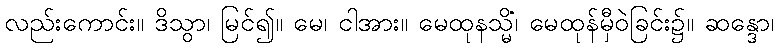
လည်းကောင်း။ ဒိသွာ၊ မြင်၍။ မေ၊ ငါအား။ မေထုနသ္မိံ၊ မေထုန်မှီဝဲခြင်း၌။ ဆန္ဒော၊